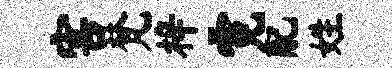
害梵梓霓配姓